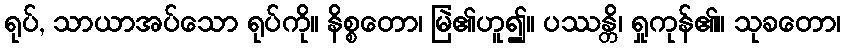
ရုပ်, သာယာအပ်သော ရုပ်ကို။ နိစ္စတော၊ မြဲ၏ဟူ၍။ ပဿန္တိ၊ ရှုကုန်၏။ သုခတော၊